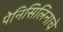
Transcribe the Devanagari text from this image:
पेनिसिलिनाचे